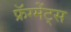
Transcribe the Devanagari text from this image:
फ्रॅग्मेंट्स